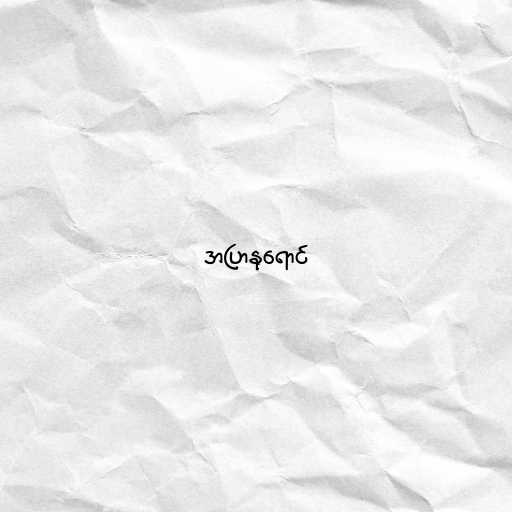
အပြာနုရောင်